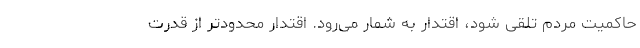
حاکمیت مردم تلقی شود، اقتدار به شمار می‌رود. اقتدار محدودتر از قدرت